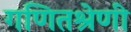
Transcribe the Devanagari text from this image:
गणितश्रेणी